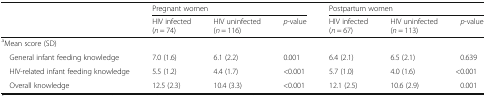
<table><thead><tr><td rowspan="2"></td><td colspan="3"><b>Pregnant women</b></td><td colspan="3"><b>Postpartum women</b></td></tr><tr><td><b>HIV infected (<i>n</i> = 74)</b></td><td><b>HIV uninfected (<i>n</i> = 116)</b></td><td><b><i>p</i>-value</b></td><td><b>HIV infected (<i>n</i> = 67)</b></td><td><b>HIV uninfected (<i>n</i> = 113)</b></td><td><b><i>p</i>-value</b></td></tr></thead><tbody><tr><td colspan="7"><sup>a</sup>Mean score (SD)</td></tr><tr><td> General infant feeding knowledge</td><td>7.0 (1.6)</td><td>6.1 (2.2)</td><td>0.001</td><td>6.4 (2.1)</td><td>6.5 (2.1)</td><td>0.639</td></tr><tr><td> HIV-related infant feeding knowledge</td><td>5.5 (1.2)</td><td>4.4 (1.7)</td><td>&lt;0.001</td><td>5.7 (1.0)</td><td>4.0 (1.6)</td><td>&lt;0.001</td></tr><tr><td> Overall knowledge</td><td>12.5 (2.3)</td><td>10.4 (3.3)</td><td>&lt;0.001</td><td>12.1 (2.5)</td><td>10.6 (2.9)</td><td>0.001</td></tr></tbody></table>